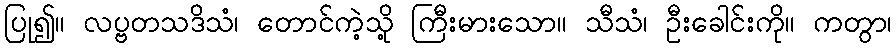
ပြု၍။ လပ္ဗတသဒိသံ၊ တောင်ကဲ့သို့ ကြီးမားသော။ သီသံ၊ ဦးခေါင်းကို။ ကတွာ၊